65_HS1-834228961_62-HQ-83894_SUB_A
Agency: FBI
Page 37
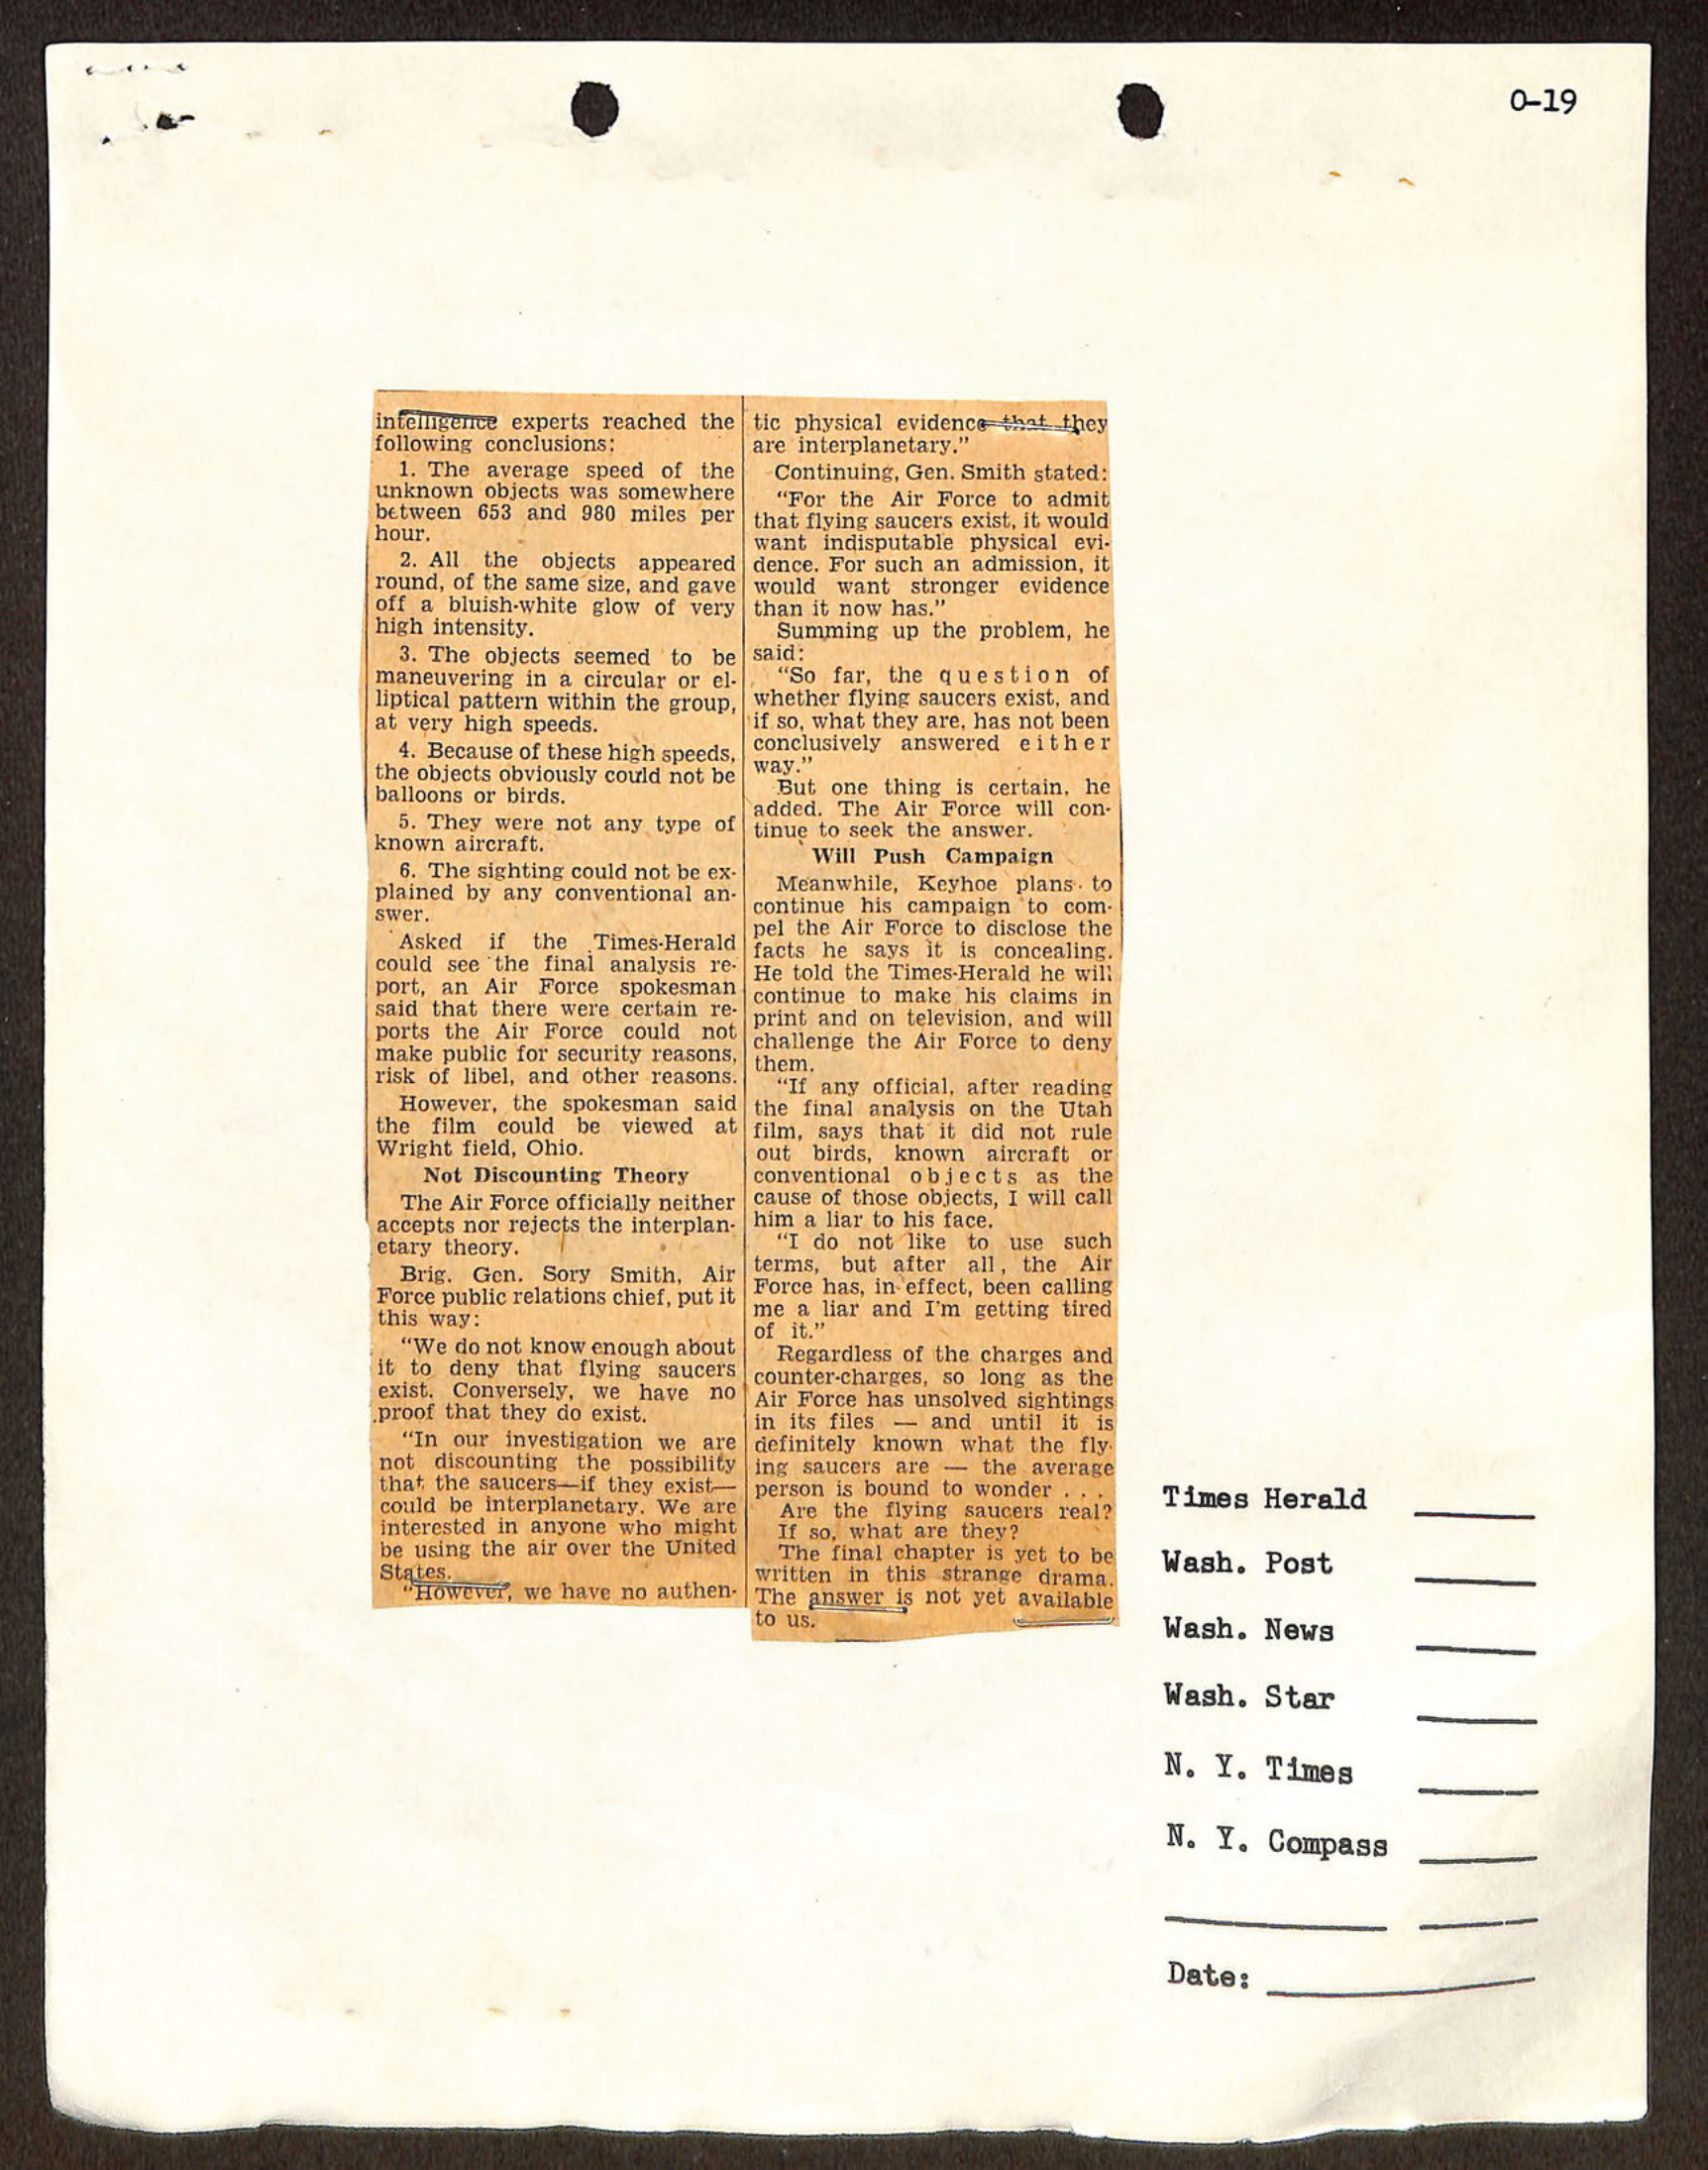